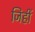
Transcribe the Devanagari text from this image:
जिहीं